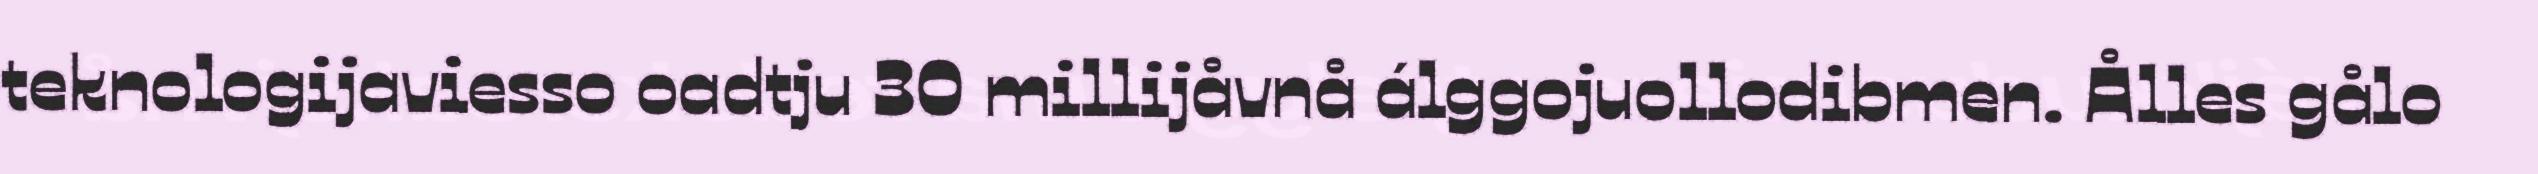
teknologijaviesso oadtju 30 millijåvnå álggojuollodibmen. Ålles gålo